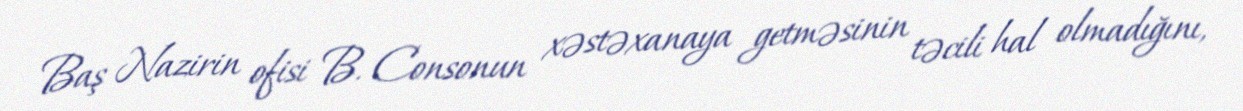
Baş Nazirin ofisi B. Consonun xəstəxanaya getməsinin təcili hal olmadığını,